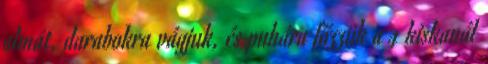
almát, darabokra vágjuk, és puhára főzzük a 4 kiskanál